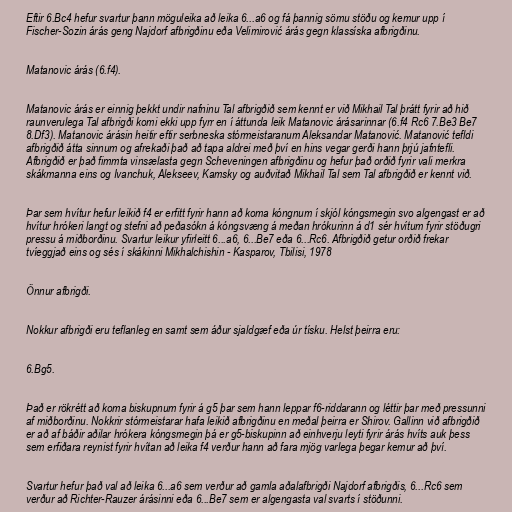
Eftir 6.Bc4 hefur svartur þann möguleika að leika 6...a6 og fá þannig sömu stöðu og kemur upp í
Fischer-Sozin árás geng Najdorf afbrigðinu eða Velimirović árás gegn klassíska afbrigðinu.

Matanovic árás (6.f4).

Matanovic árás er einnig þekkt undir nafninu Tal afbrigðið sem kennt er við Mikhail Tal þrátt fyrir að hið
raunverulega Tal afbrigði komi ekki upp fyrr en í áttunda leik Matanovic árásarinnar (6.f4 Rc6 7.Be3 Be7
8.Df3). Matanovic árásin heitir eftir serbneska stórmeistaranum Aleksandar Matanović. Matanović tefldi
afbrigðið átta sinnum og afrekaði það að tapa aldrei með því en hins vegar gerði hann þrjú jafntefli.
Afbrigðið er það fimmta vinsælasta gegn Scheveningen afbrigðinu og hefur það orðið fyrir vali merkra
skákmanna eins og Ivanchuk, Alekseev, Kamsky og auðvitað Mikhail Tal sem Tal afbrigðið er kennt við.

Þar sem hvítur hefur leikið f4 er erfitt fyrir hann að koma kóngnum í skjól kóngsmegin svo algengast er að
hvítur hrókeri langt og stefni að peðasókn á kóngsvæng á meðan hrókurinn á d1 sér hvítum fyrir stöðugri
pressu á miðborðinu. Svartur leikur yfirleitt 6...a6, 6...Be7 eða 6...Rc6. Afbrigðið getur orðið frekar
tvíeggjað eins og sés í skákinni Mikhalchishin - Kasparov, Tbilisi, 1978

Önnur afbrigði.

Nokkur afbrigði eru teflanleg en samt sem áður sjaldgæf eða úr tísku. Helst þeirra eru:

6.Bg5.

Það er rökrétt að koma biskupnum fyrir á g5 þar sem hann leppar f6-riddarann og léttir þar með pressunni
af miðborðinu. Nokkrir stórmeistarar hafa leikið afbrigðinu en meðal þeirra er Shirov. Gallinn við afbrigðið
er að af báðir aðilar hrókera kóngsmegin þá er g5-biskupinn að einhverju leyti fyrir árás hvíts auk þess
sem erfiðara reynist fyrir hvítan að leika f4 verður hann að fara mjög varlega þegar kemur að því.

Svartur hefur það val að leika 6...a6 sem verður að gamla aðalafbrigði Najdorf afbrigðis, 6...Rc6 sem
verður að Richter-Rauzer árásinni eða 6...Be7 sem er algengasta val svarts í stöðunni.